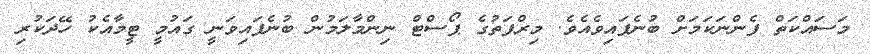
މަސައްކަތް ފެންނަކަމަށް ބުނެފައިވެއެވެ. މިރްފަތުގެ ޕޯސްޓް ނިންމާލަމުން ބުނެފައިވަނީ ގައުމީ ޓީމާއެކު ހޭދަކުރި